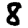
Digit: 8